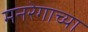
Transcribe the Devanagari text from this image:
मनरेगाच्या